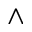
\wedge